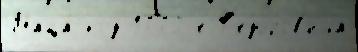
Маца́ код 1770-е Ф'едоров'ича